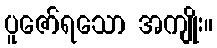
ပူဇော်ရသော အကျိုး။